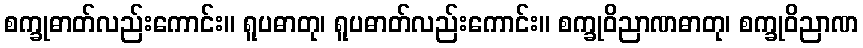
စက္ခုဓာတ်လည်းကောင်း။ ရူပဓာတု၊ ရူပဓာတ်လည်းကောင်း။ စက္ခုဝိညာဏဓာတု၊ စက္ခုဝိညာဏ